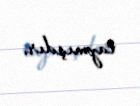
tapmışdır.